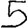
Digit: 5